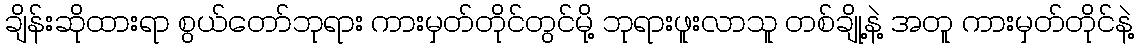
ချိန်းဆိုထားရာ စွယ်တော်ဘုရား ကားမှတ်တိုင်တွင်မို့ ဘုရားဖူးလာသူ တစ်ချို့နဲ့ အတူ ကားမှတ်တိုင်နဲ့